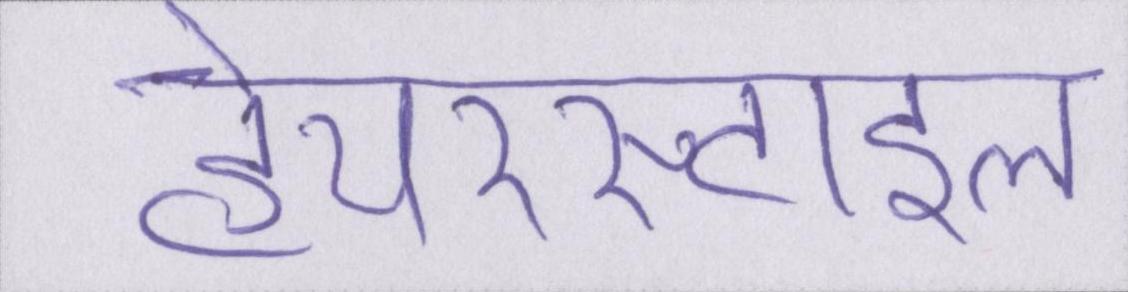
हेयरस्टाइल